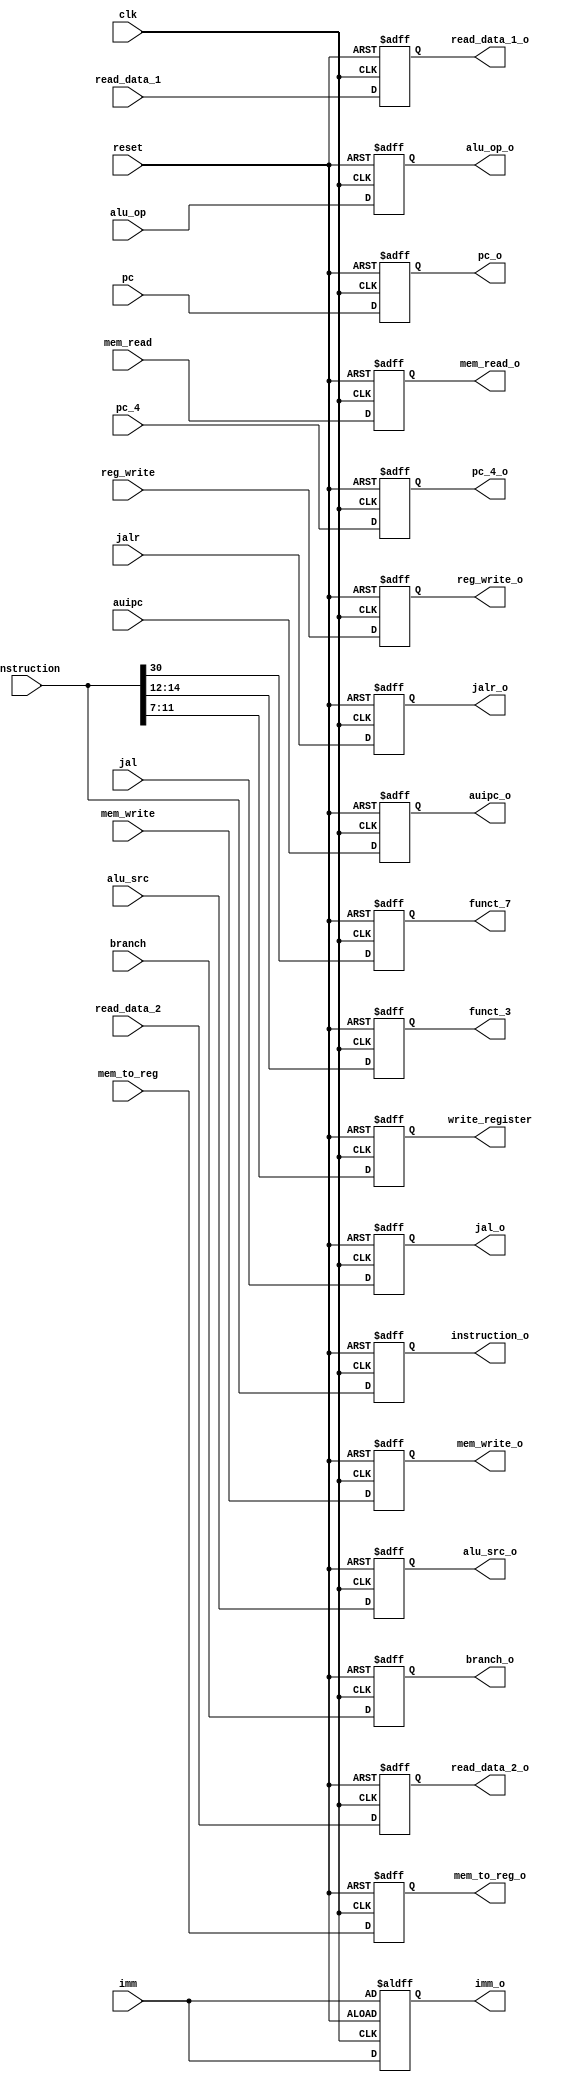
// MDULOS PARA TAPA ID/EX

module Id_Ex
#
(
	parameter N =32
)
(
	input reset,
	input clk,
	
	input [N-1: 0] pc_4,
	input [N-1: 0] pc,
	
	// REGISTERS
	input [N-1: 0] read_data_1,
	input [N-1: 0] read_data_2,
	input [N-1: 0] imm,
	input [N-1: 0] instruction,
	
	// CONTROL UNITS
	input auipc,
	input reg_write,
	input branch,
	input jal,
	input jalr,
	input mem_read,
	input mem_write,
	input mem_to_reg,
	input alu_src,
	input [2:0] alu_op,
	
	// OUTPUTS
	output reg [N-1:0] pc_4_o,
	output reg [N-1:0] pc_o,
	
	output reg [N-1: 0] read_data_1_o,
	output reg [N-1: 0] read_data_2_o,
	output reg [N-1: 0] imm_o,
	
	output reg auipc_o,
	output reg reg_write_o,
	output reg branch_o,
	output reg jal_o,
	output reg jalr_o,
	output reg mem_read_o,
	output reg mem_write_o,
	output reg mem_to_reg_o,
	output reg alu_src_o,
	output reg [2:0] alu_op_o,
	
	// INSTRUCTION
	output reg funct_7,// 30
	output reg [2:0] funct_3, // 14:12	
	output reg [4:0] write_register, //11:7
	output reg [N-1: 0] instruction_o
);


always@(negedge reset or negedge clk) begin
    if(reset==0) begin
		   pc_4_o <= 0;
			 pc_o <= 0;

			 read_data_1_o <= 0;
			 read_data_2_o <= 0;
			 imm_o <= imm;
			
			 auipc_o <= 0;
			 reg_write_o <= 0;
			 branch_o <= 0;
			 jal_o <= 0;
			 jalr_o <= 0;
			 mem_read_o <= 0;
			 mem_write_o <= 0;
			 mem_to_reg_o <= 0;
			 alu_src_o <= 0;
			 alu_op_o <= 0;

			 funct_7 <= 0;
			 funct_3 <= 0;
			 write_register <= 0;
			 instruction_o <= 0;
	 end
    else begin
         pc_4_o <= pc_4;
			 pc_o <= pc;

			 read_data_1_o <= read_data_1;
			 read_data_2_o <= read_data_2;
			 imm_o <= imm;

			 auipc_o <= auipc;
			 reg_write_o <= reg_write;
			 branch_o <= branch;
			 jal_o <= jal;
			 jalr_o <= jalr;
			 mem_read_o <= mem_read;
			 mem_write_o <= mem_write;
			 mem_to_reg_o <= mem_to_reg;
			 alu_src_o <= alu_src;
			 alu_op_o <= alu_op;

			 funct_7 <= instruction[30];
			 funct_3 <= instruction[14:12];
			 write_register <= instruction[11:7];
			 instruction_o <= instruction;
	end
end


endmodule